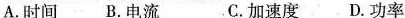
A.时间 B.电流 C .加速度 D.功率